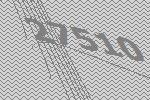
27510